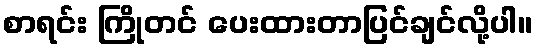
စာရင်း ကြိုတင် ပေးထားတာပြင်ချင်လို့ပါ။